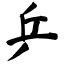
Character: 乒